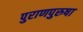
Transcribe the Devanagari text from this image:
पुराणपुरुषा